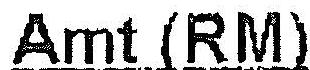
AMT (RM)